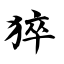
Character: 猝